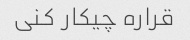
قراره چیکار کنی